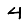
Digit: 4